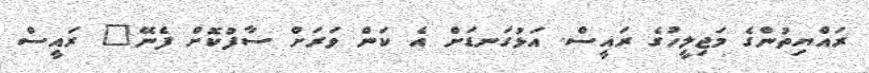
ރައްޔިތުންގެ މަޖިލީހުގެ ރައީސް. އަޅުގަނޑަށް އެ ކަން ވަރަށް ސާފުކޮށް ފެނޭ" ރައީސް